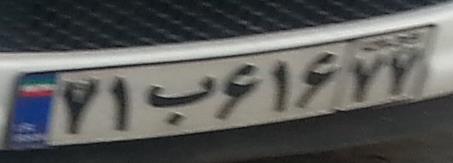
۷۱ب۶۱۶۷۷